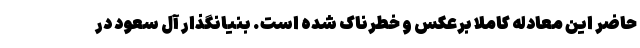
حاضر این معادله کاملا برعکس و خطرناک شده است. بنیانگذار آل سعود در